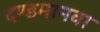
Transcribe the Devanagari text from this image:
दण्डमानवा